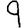
Digit: 9